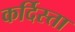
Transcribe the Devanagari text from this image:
कर्दिस्ता